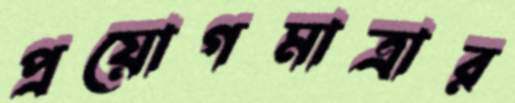
প্রয়োগমাত্রার